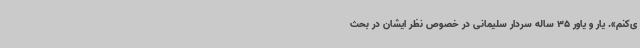
ی‌کنم». یار و یاور 35 ساله سردار سلیمانی در خصوص نظر ایشان در بحث